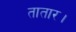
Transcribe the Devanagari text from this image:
तातार।